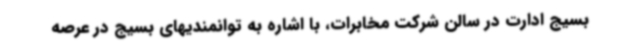
بسیج ادارت در سالن شرکت مخابرات، با اشاره به توانمندیهای بسیج در عرصه